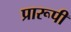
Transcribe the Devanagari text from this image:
प्रारूपी